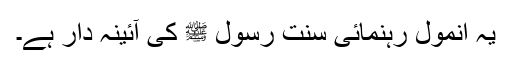
یہ انمول رہنمائی سنت رسول ﷺ کی آئینہ دار ہے۔